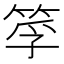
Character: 筟